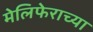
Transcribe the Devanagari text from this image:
मेलिफेराच्या